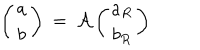
\left( \begin{array} { c } { { a } } \\ { { b } } \\ \end{array} \right) \: = \: { \cal A } \left( \begin{array} { c } { { a _ { R } } } \\ { { b _ { R } } } \\ \end{array} \right)